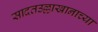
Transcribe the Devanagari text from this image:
सादतउल्लाखानाच्या